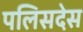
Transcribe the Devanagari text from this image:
पलिसदेस